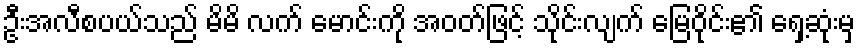
ဦးအလီစပယ်သည် မိမိ လက် မောင်းကို အဝတ်ဖြင့် သိုင်းလျက် မြေဝိုင်း၏ ရှေ့ဆုံးမှ